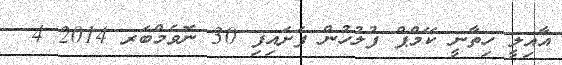
އާއިލީ ހިތާނީ ކޭމްޕް ފުލުހުން ފަށައިފި 30 ނޮވެމްބަރ 2014 4